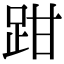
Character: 𫏄